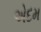
એદમ